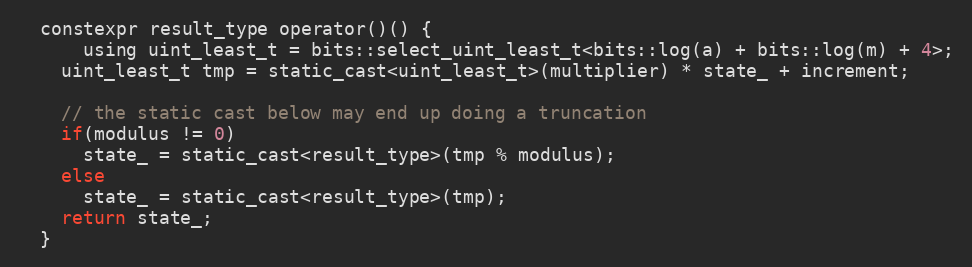
Language: C
  constexpr result_type operator()() {
	  using uint_least_t = bits::select_uint_least_t<bits::log(a) + bits::log(m) + 4>;
    uint_least_t tmp = static_cast<uint_least_t>(multiplier) * state_ + increment;

    // the static cast below may end up doing a truncation
    if(modulus != 0)
      state_ = static_cast<result_type>(tmp % modulus);
    else
      state_ = static_cast<result_type>(tmp);
    return state_;
  }